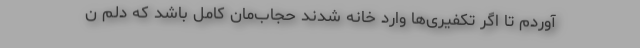
آوردم تا اگر تکفیری‌ها وارد خانه شدند حجاب‌مان کامل باشد که دلم ن